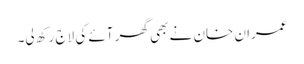
عمران خان نے بھی گھر آئے کی لاج رکھ لی۔